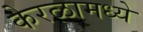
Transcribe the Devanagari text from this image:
केरळामध्ये